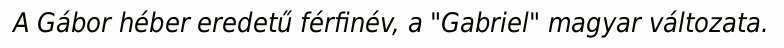
A Gábor héber eredetű férfinév, a "Gabriel" magyar változata.